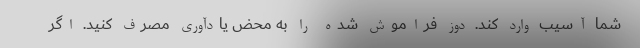
شما آسیب وارد کند. دوز فراموش شده را به محض یادآوری مصرف کنید. اگر